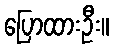
ပြောထားဦး။